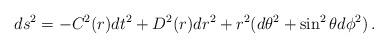
LaTeX: \begin{align*}ds^2=-C^2(r)dt^2 +D^2(r)dr^2+r^2(d \theta ^2 +\sin^2\theta d\phi^2) \, .\end{align*}